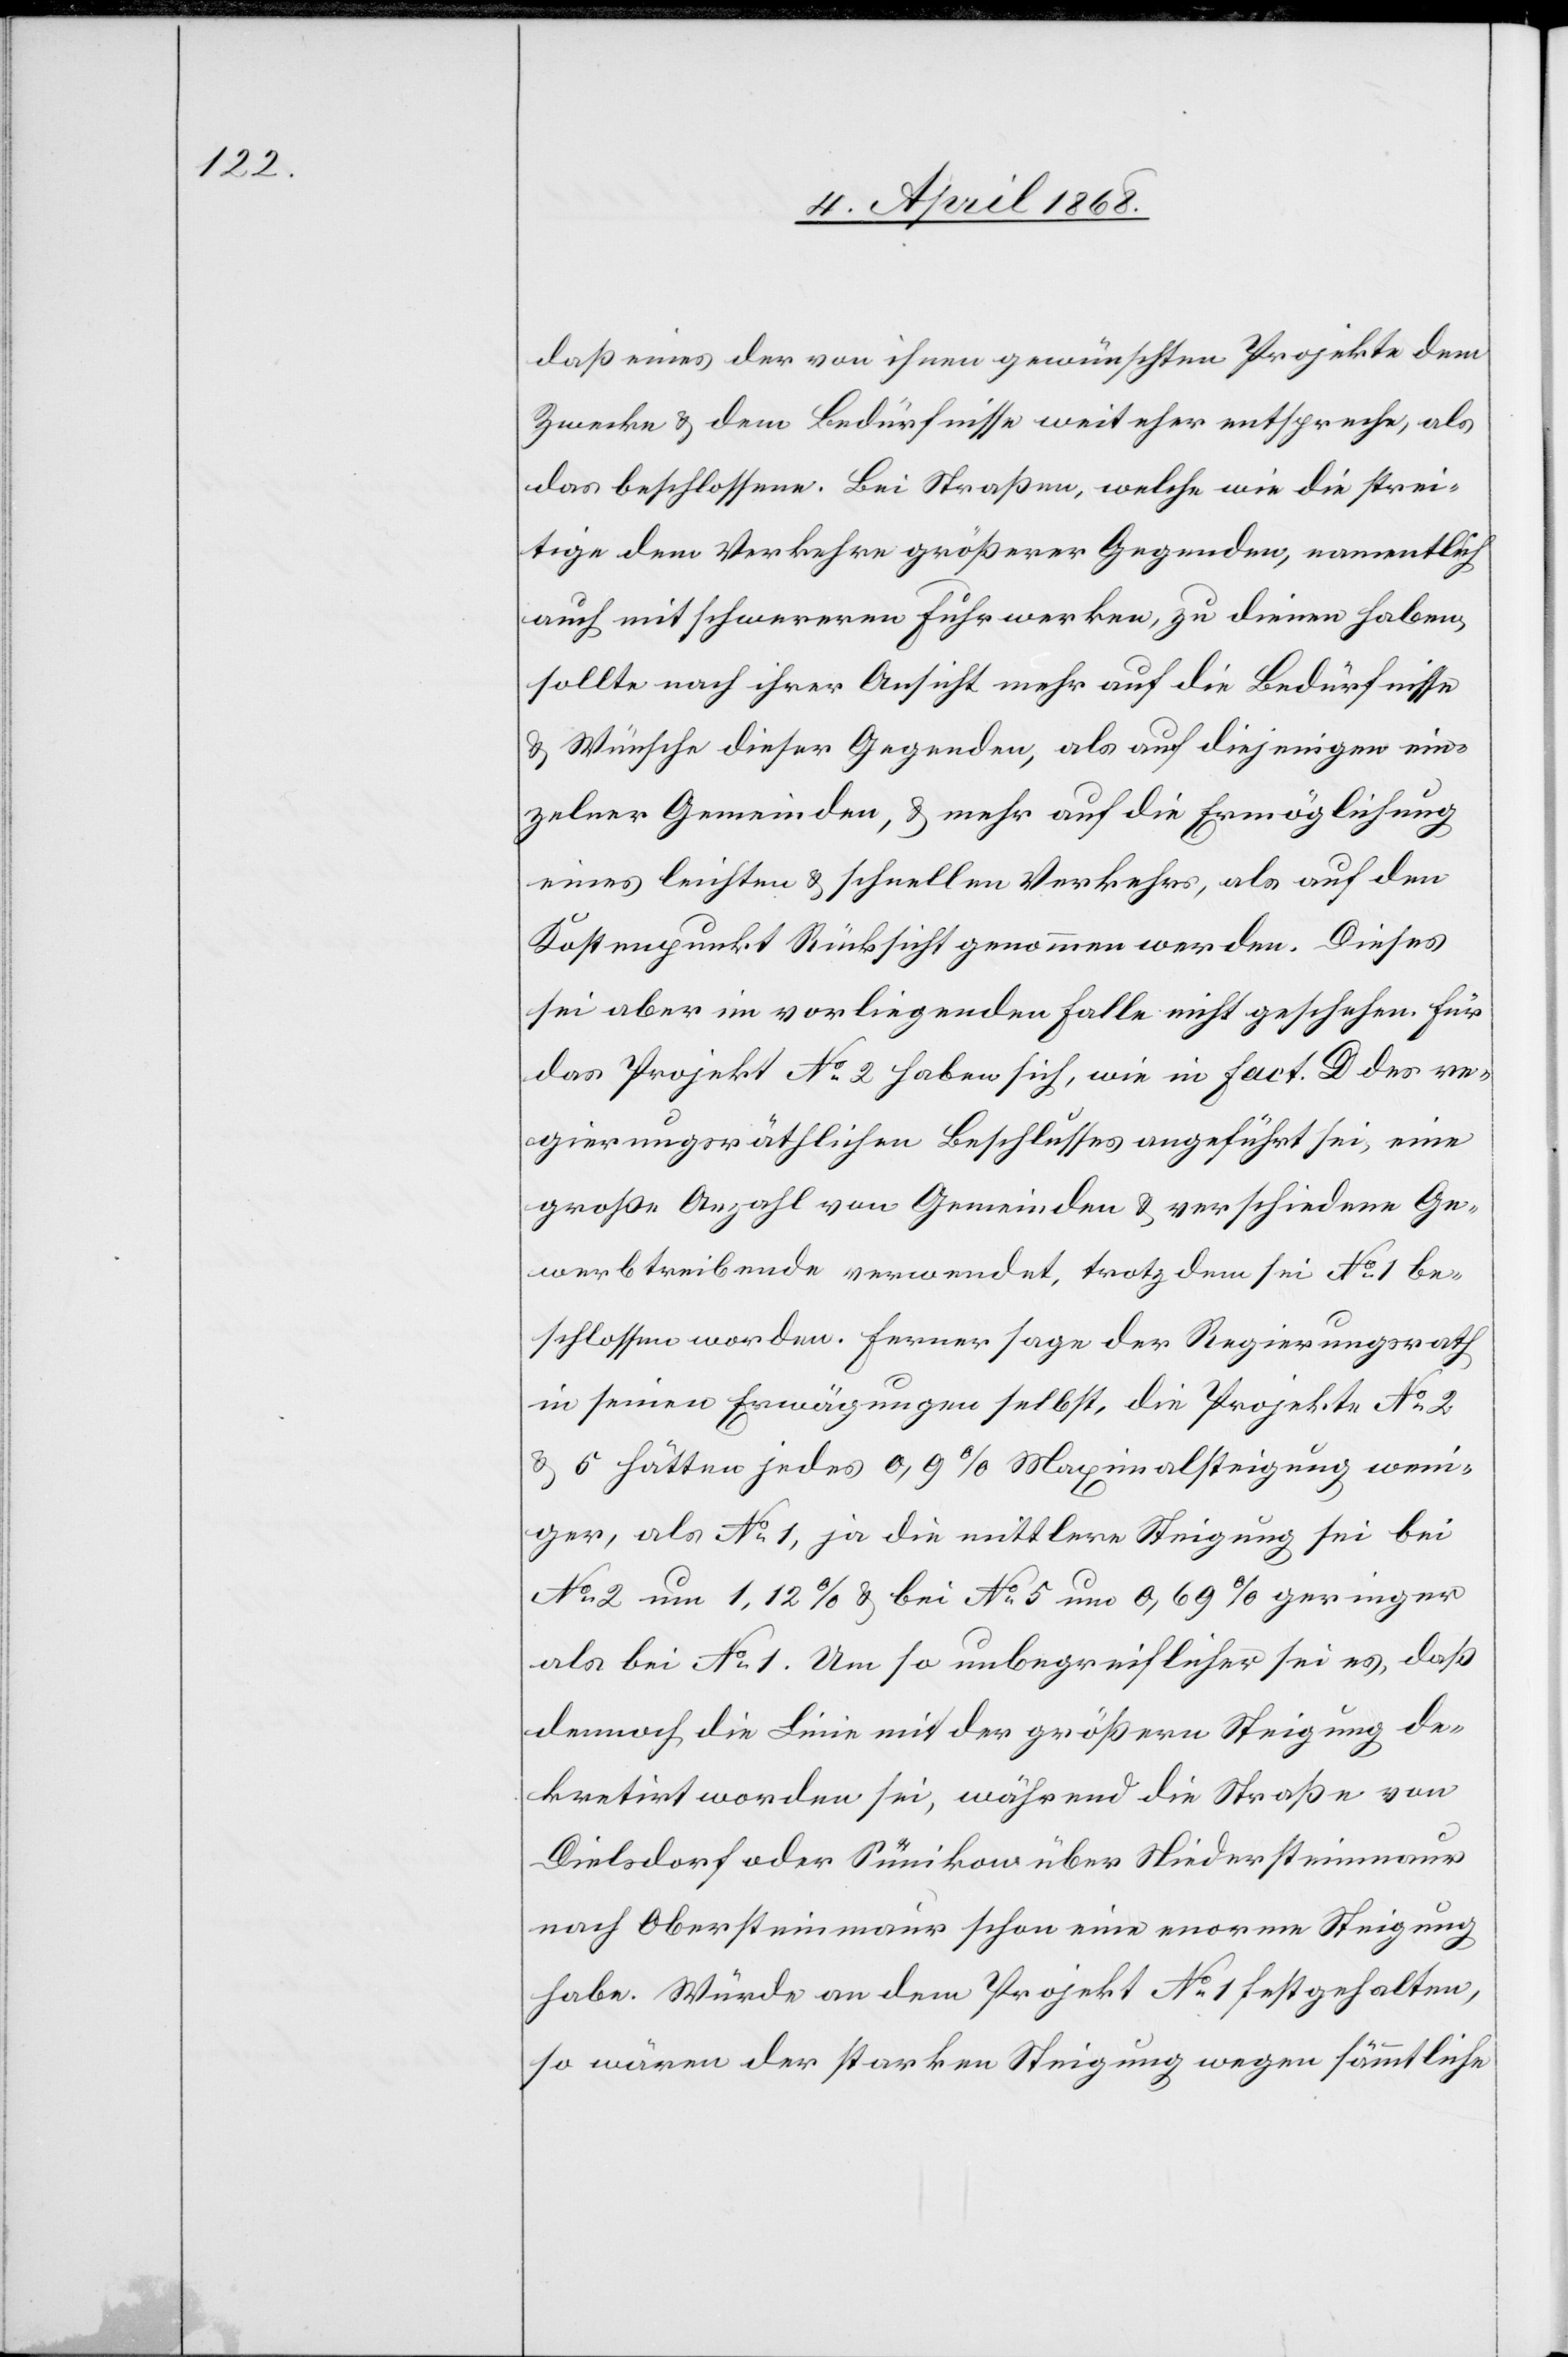
daß eines der von ihnen gewünschten Projekte dem
Zwecke & dem Bedürfnisse weit eher entspreche, als
das beschlossene. Bei Straßen, welche wie die strei¬
tige dem Verkehre größerer Gegenden, namentlich
auch mit schwereren Fuhrwerken, zu dienen haben,
sollte nach ihrer Ansicht mehr auf die Bedürfnisse
& Wünsche dieser Gegenden, als auf diejenigen ein¬
zelner Gemeinden, & mehr auf die Ermöglichung
eines leichten & schnellen Verkehrs, als auf den
Kostenpunkt Rücksicht genommen werden. Dieses
sei aber im vorliegenden Falle nicht geschehen. Für
das Projekt No. 2 haben sich, wie in Fact. D des re¬
gierungsräthlichen Beschlusses angeführt sei, eine
große Anzahl von Gemeinden & verschiedene Ge¬
werbtreibende verwendet, trotzdem sei No. 1 be¬
schlossen worden. Ferner sage der Regierungsrath
in seinen Erwägungen selbst, die Projekte No. 2
& 5 hätten jedes 0,9% Maximalsteigung wen¬
iger, als No. 1, ja die mittlere Steigung sei bei
No. 2 um 1,12% & bei No. 5 um 0,69% geringer
als bei No. 1. Um so unbegreiflicher sei es, daß
dennoch die Linie mit der größern Steigung de¬
kretirt worden sei, während die Straße von
Dielsdorf oder Sünikon über Niedersteinmaur
nach Obersteinmaur schon eine enorme Steigung
habe. Würde an dem Projekt No. 1 festgehalten,
so wären der starken Steigung wegen sämmtliche